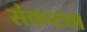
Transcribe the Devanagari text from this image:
संकष्ट्या